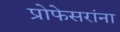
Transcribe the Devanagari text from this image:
प्रोफेसरांना